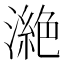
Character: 𣾵